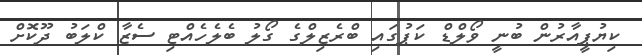
ކިޔުޕީއާރުން ބުނީ ވޯލްޑް ކަޕުގައި ބްރެޒިލްގެ ގޯލު ބެލެހެއްޓި ސެޒާ ކްލަބު ދޫކޮށް